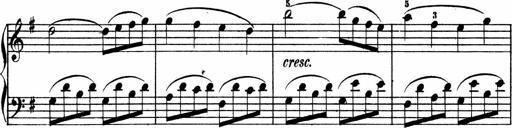
Title: 3 Sonatinen
Composer: Heinrich Lichner